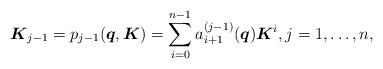
\begin{align*} \boldsymbol{K}_{j-1}=p_{j-1} (\boldsymbol{q},\boldsymbol{K})=\sum_{i =0} ^{n-1} a_{i+1}^{(j-1)}(\boldsymbol{q}) \boldsymbol{K}^i, j=1,\ldots,n ,\end{align*}